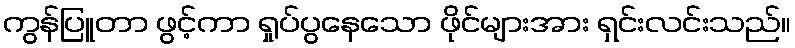
ကွန်ပြူတာ ဖွင့်ကာ ရှုပ်ပွနေသော ဖိုင်များအား ရှင်းလင်းသည်။